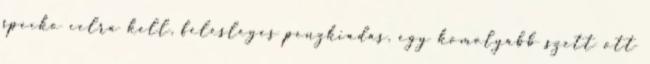
specko celra kell, felesleges penzkiadas. egy komolyabb szett ott